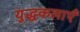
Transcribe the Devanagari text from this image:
युद्धकलाएँ